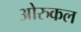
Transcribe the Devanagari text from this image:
ओरुकल